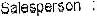
SALESPERSON: